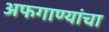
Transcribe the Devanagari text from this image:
अफगाण्यांचा